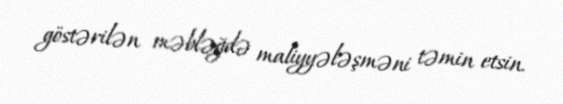
göstərilən məbləğdə maliyyələşməni təmin etsin.